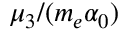
\mu _ { 3 } / ( m _ { e } \alpha _ { 0 } )